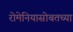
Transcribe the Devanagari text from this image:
रोमेनियासोबतच्या